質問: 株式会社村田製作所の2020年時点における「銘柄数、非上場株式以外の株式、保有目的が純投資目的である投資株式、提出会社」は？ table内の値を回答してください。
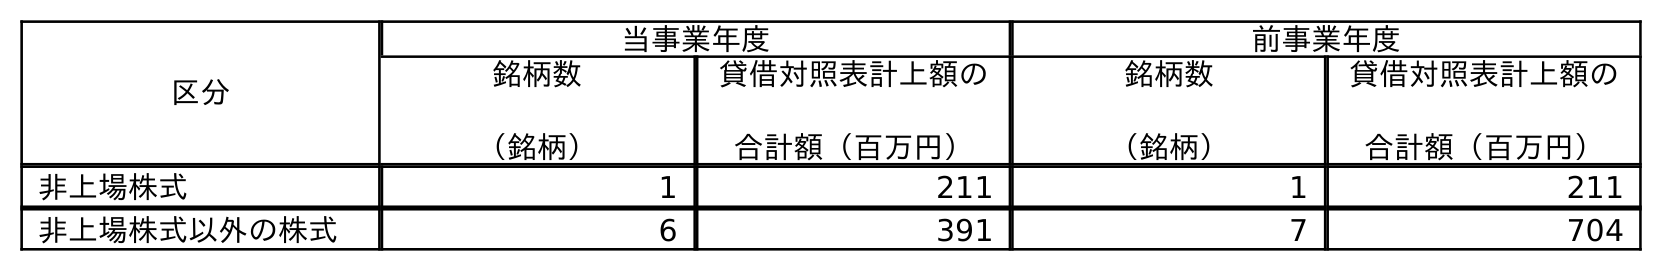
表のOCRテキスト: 区分 当事業年度 前事業年度 銘柄数 （銘柄） 貸借対照表計上額の 合計額（百万円） 銘柄数 （銘柄） 貸借対照表計上額の 合計額（百万円） 非上場株式 1 211 1 211 非上場株式以外の株式 6 391 7 704
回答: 6